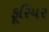
ફૂરિયર